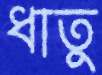
ধাতু